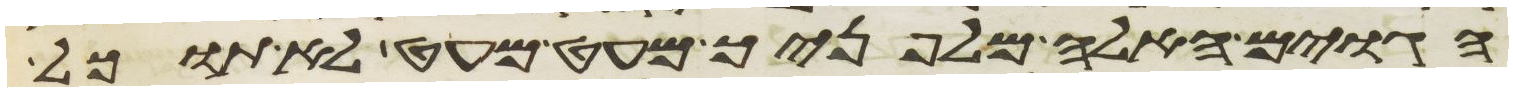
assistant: הגוים האלה מלפניך מעט מעט לא תוכל